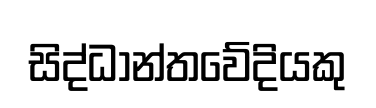
සිද්ධාන්තවේදියකු